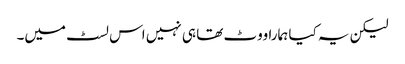
لیکن یہ کیا ہمارا ووٹ تھا ہی نہیں اس لسٹ میں۔